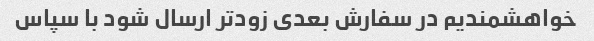
خواهشمندیم در سفارش بعدی زودتر ارسال شود با سپاس